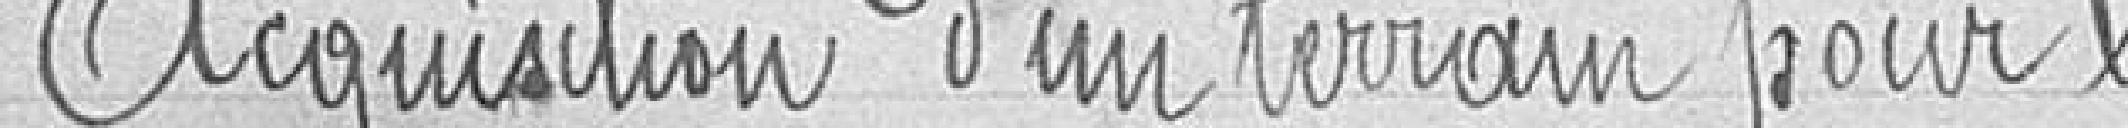
Acquisition d'un terrain pour l'